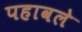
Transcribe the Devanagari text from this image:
पहावले